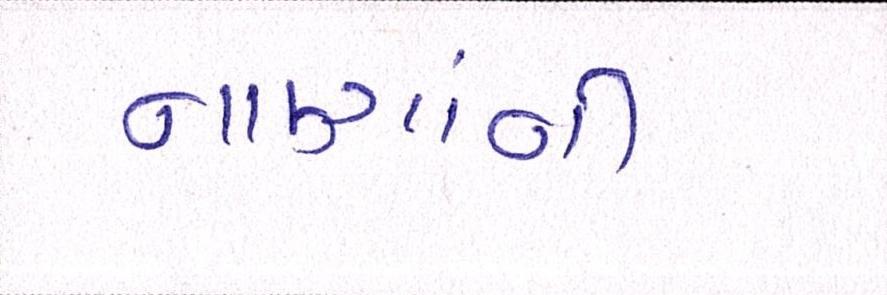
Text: નાણાંની